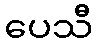
ပေသီ